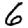
Digit: 6